Annual administration report of the Civil Veterinary Department of India - 1894-1895
Year: 1894
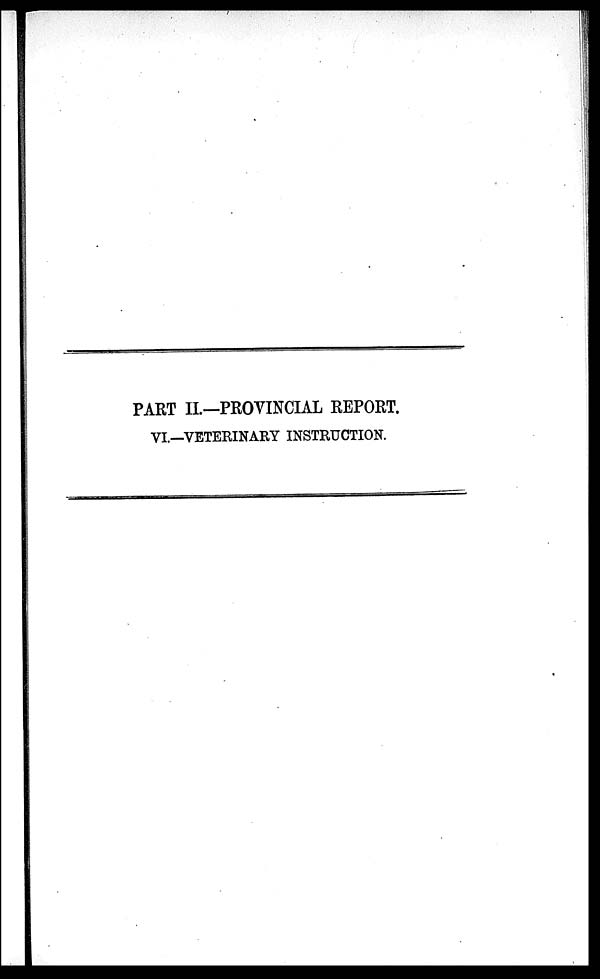
PART II.—PROVINCIAL REPORT.
VI.—VETERINARY INSTRUCTION.